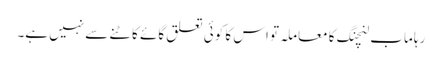
رہا ماب لنچنگ کا معاملہ تو اس کا کوئی تعلق گائے کاٹنے سے نہیں ہے۔